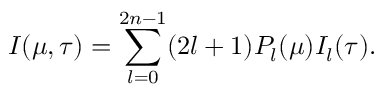
I ( \mu , \tau ) = \sum _ { l = 0 } ^ { 2 n - 1 } ( 2 l + 1 ) P _ { l } ( \mu ) I _ { l } ( \tau ) .